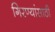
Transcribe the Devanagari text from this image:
गिरण्यांसाठी